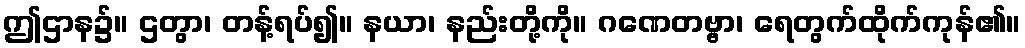
ဤဌာန၌။ ဌတွာ၊ တန့်ရပ်၍။ နယာ၊ နည်းတို့ကို။ ဂဏေတဗ္ဗာ၊ ရေတွက်ထိုက်ကုန်၏။